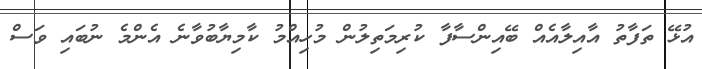
އުޅޭ ތަފާތު އާއިލާއެއް ބޭއިންސާފާ ކުރިމަތިލުން މުހިއްމު ކާމިޔާބުވާނެ އެންމެ ނުބައި ވަސް